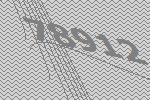
78912